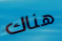
هناك